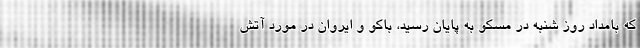
که بامداد روز شنبه در مسکو به پایان رسید، باکو و ایروان در مورد آتش